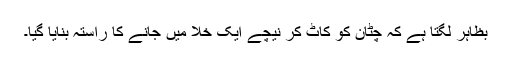
بظاہر لگتا ہے کہ چٹان کو کاٹ کر نیچے ایک خلا میں جانے کا راستہ بنایا گیا۔